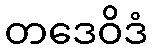
တဒေဝိဒံ